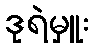
ဒုရဲမှူး